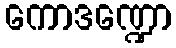
ကောဒဏ္ဍော